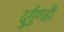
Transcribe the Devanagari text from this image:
दुर्गुणही